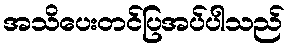
အသိပေးတင်ပြအပ်ပါသည်